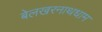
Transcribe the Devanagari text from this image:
बेलखरनाथधाम